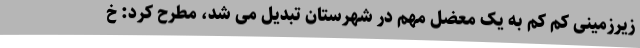
زیرزمینی کم کم به یک معضل مهم در شهرستان تبدیل می شد، مطرح کرد: خ